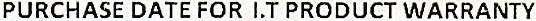
PURCHASE DATE FOR I.T PRODUCT WARRANTY